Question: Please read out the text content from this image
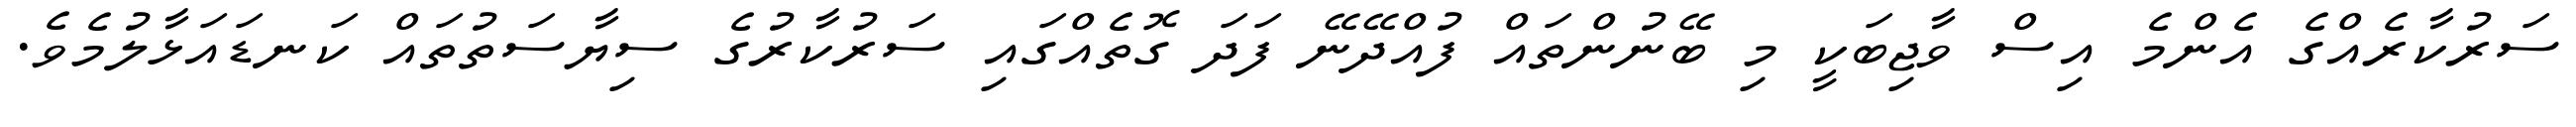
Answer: ސަރުކާރެއްގެ އެންމެ އިސް ވާޖިބަކީ މި ބޭނުންތައް ފުއްދޭނޭ ފަދަ ގޮތެއްގައި ސަރުކާރުގެ ސިޔާސަތުތައް ކަނޑައަޅާލުމެވެ.